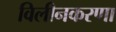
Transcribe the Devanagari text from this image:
विलीनकरणा